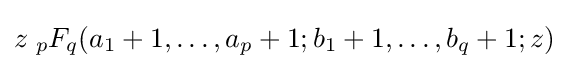
z\;{}_{p}F_{q}(a_{1}+1,\dots ,a_{p}+1;b_{1}+1,\dots ,b_{q}+1;z)